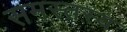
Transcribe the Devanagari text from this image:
समस्तस्य